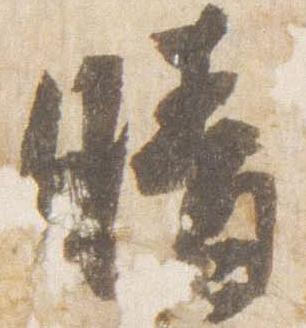
晴